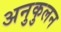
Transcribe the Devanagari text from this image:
अनुकुलन